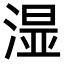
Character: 𣺯